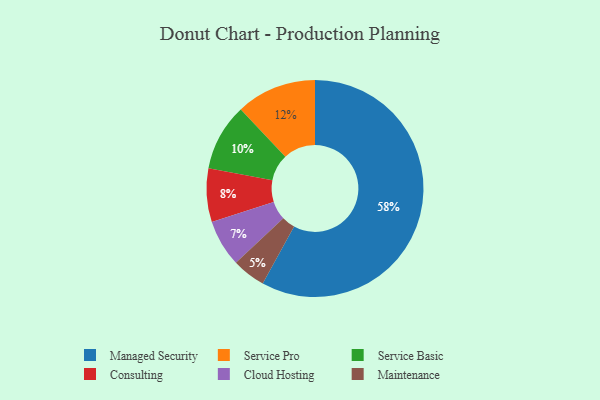
{"axis": {"x": "Category", "y": "Percentage"}, "legend": ["Cloud Hosting", "Consulting", "Maintenance", "Managed Security", "Service Basic", "Service Pro"], "data": [{"x": "Service Basic", "y": 10, "type": "Service Basic"}, {"x": "Maintenance", "y": 5, "type": "Maintenance"}, {"x": "Service Pro", "y": 12, "type": "Service Pro"}, {"x": "Cloud Hosting", "y": 7, "type": "Cloud Hosting"}, {"x": "Consulting", "y": 8, "type": "Consulting"}, {"x": "Managed Security", "y": 58, "type": "Managed Security"}]}